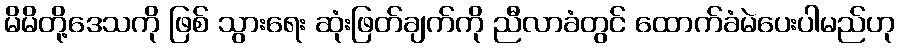
မိမိတို့ဒေသကို ဖြစ် သွားရေး ဆုံးဖြတ်ချက်ကို ညီလာခံတွင် ထောက်ခံမဲပေးပါမည်ဟု